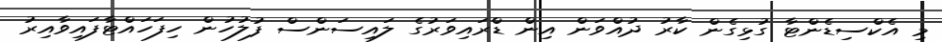
މި އެކްސިޑެންޓާ ގުޅިގެން ކާރު ދުއްވަން އިން ޑްރައިވަރުގެ ލައިސަންސް ފުލުހުން ހިފަހައްޓާފައިވާއިރު